65_HS1-834228961_62-HQ-83894_Serial_130
Agency: FBI
Page 14
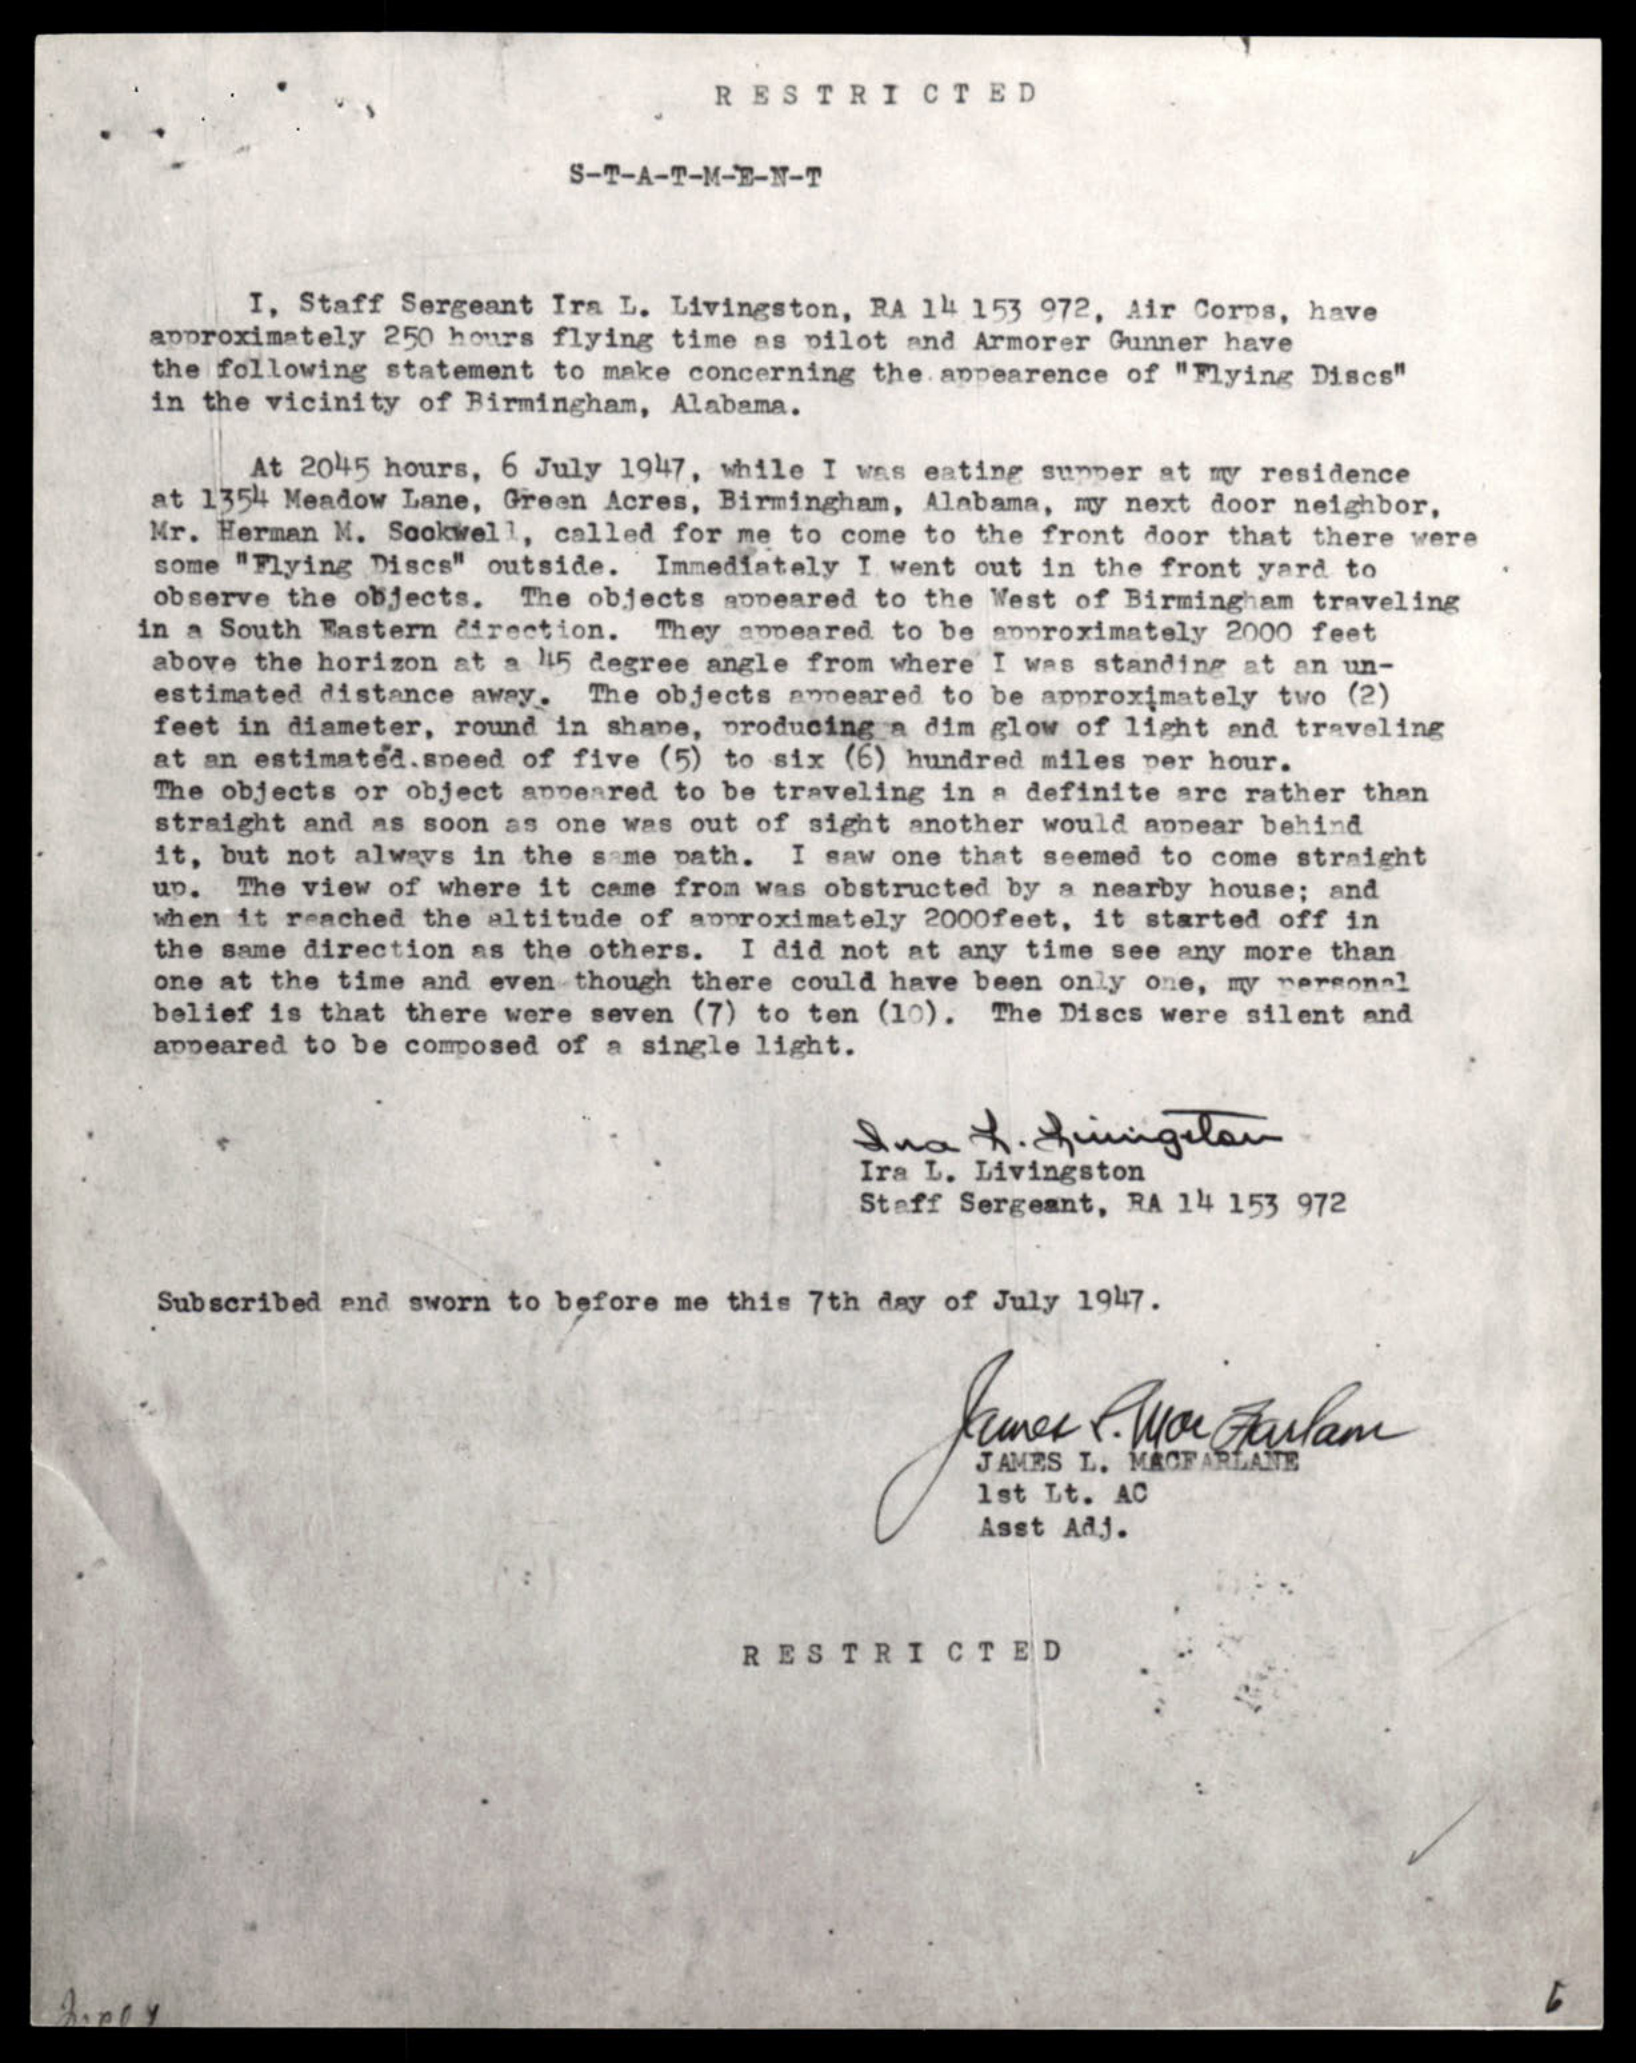